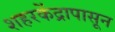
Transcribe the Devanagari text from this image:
शहरकेंद्रापासून